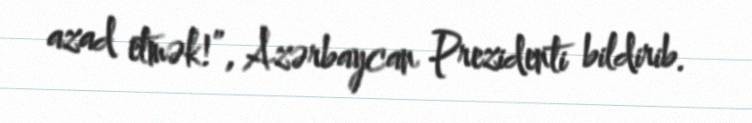
azad etmək!”, Azərbaycan Prezidenti bildirib.